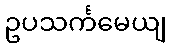
ဥပသင်္ကမေယျ